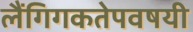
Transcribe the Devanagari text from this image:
लैंगिगकतेपवषयी